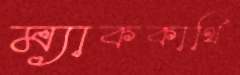
ম্যাককার্থি